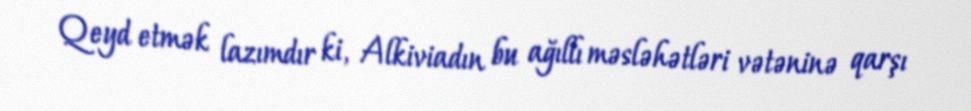
Qeyd etmək lazımdır ki, Alkiviadın bu ağıllı məsləhətləri vətəninə qarşı